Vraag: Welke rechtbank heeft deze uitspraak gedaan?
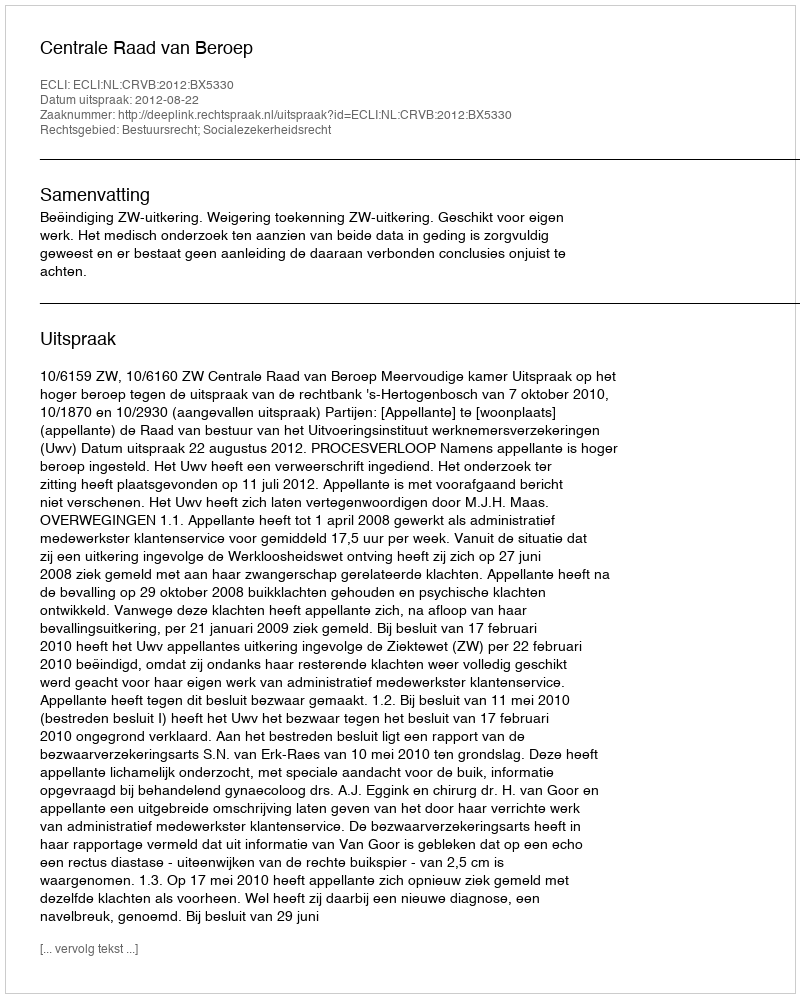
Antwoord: Centrale Raad van Beroep